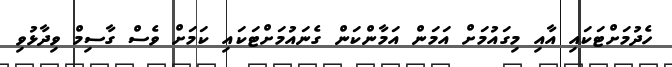
ހެދުމަށްޓަކައި އާއި މިގައުމަށް އަމަން އަމާންކަން ގެނައުމަށްޓަކައި ކަމަށް ވެސް ގާސިމް ވިދާޅުވި